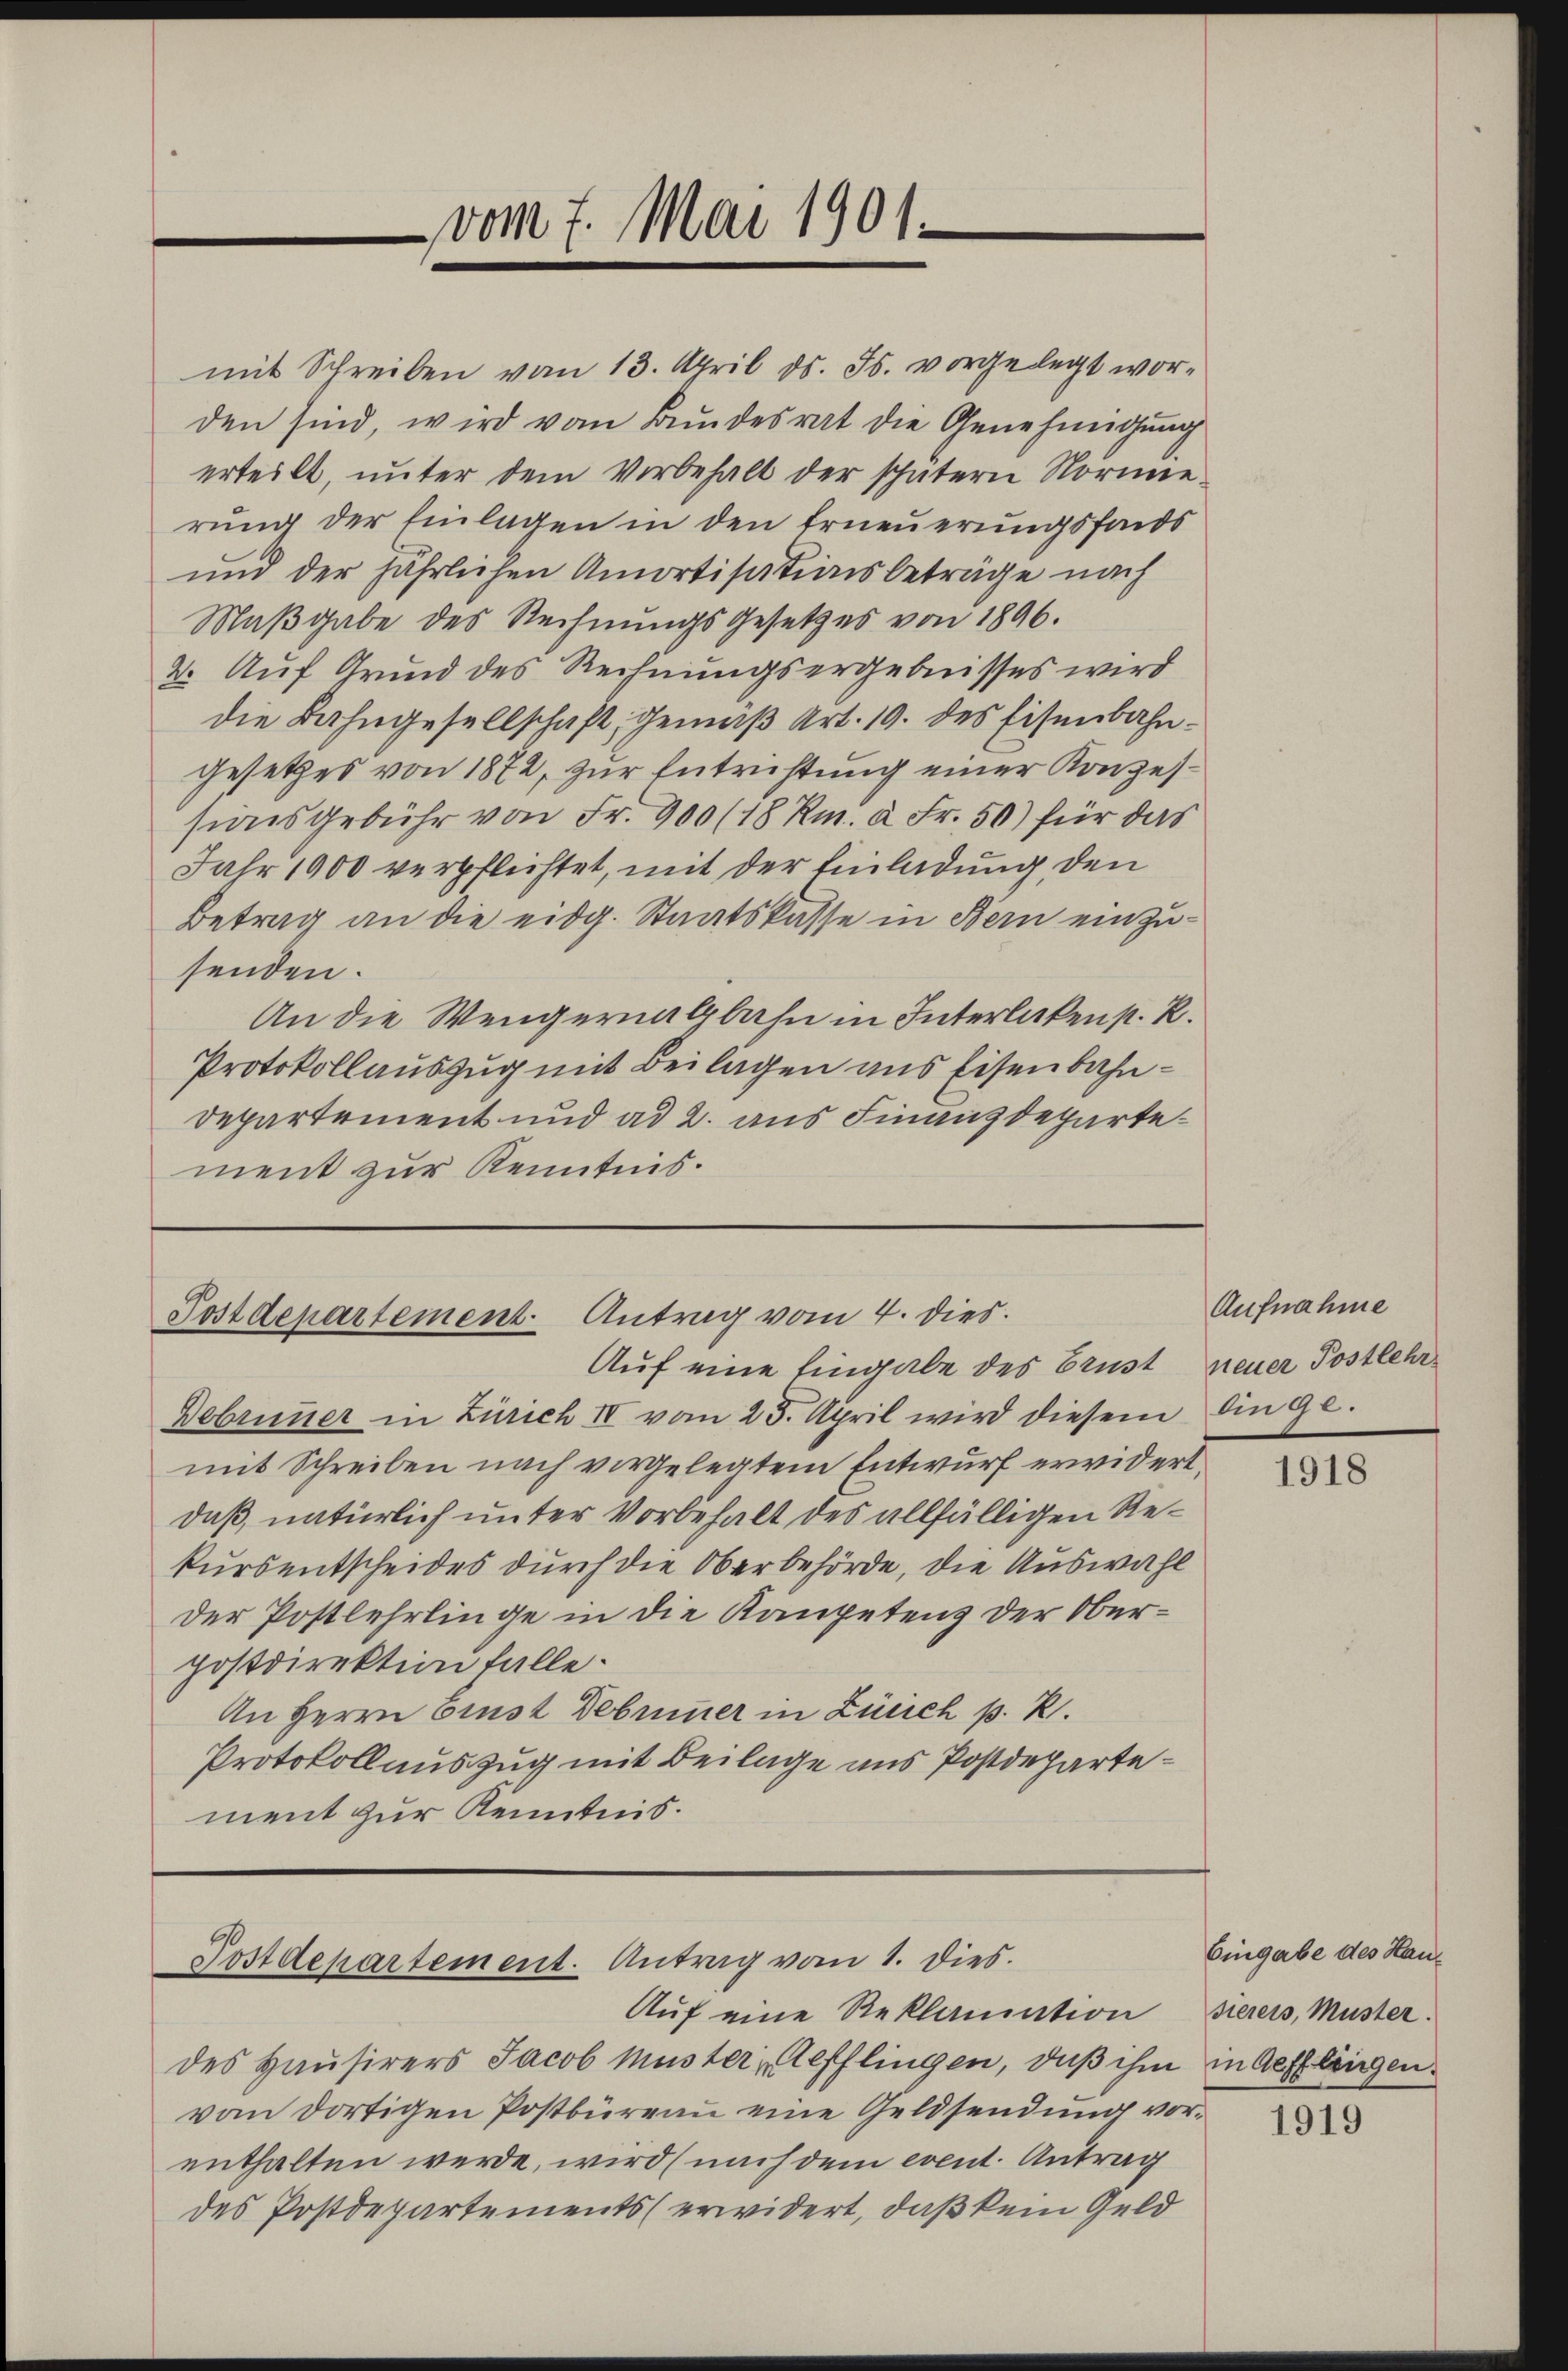
mit Schreiben vom 13. April d. Js. vorgelegt worden sind, wird vom Bundesrat die Genehmigung
erteilt, unter dem Vorbehalt der spätern Normierung der Einlagen in den Erneuerungsfonds
und der jährlichen Amortisationsbeträge nach
Maβgabe des Rechnungs Gesetzes von 1896.
2. Auf Grund des Rechnungsergebnisses wird
die Bahngesellschaft, gemäß Art. 19. des Eisenbahngesetzes von 1872, zur Entrichtung einer Konzessiis gebühr von Fr. 900 (18 Rm. à Fr. 50) für das
Jahr 1900 verpflichtet, mit der Einladung, den
Betrag an die eidg. Staatskasse in Bern einzusenden.
An die Wengernalbahn in Interlaken p. R.
Protokollauszug mit Beilagen aus Eisenbahndepartement und ad 2. aus Finanzdepartement zur Kenntnis.

vom 7. Mai 1901.

Postdepartement. Antrag vom 4. dies
Auf eine Eingabe des Brust

Debrunner in Zürich IV vom 25. April wird diesem Angemit Schreiben nach vorgelegtem Entwurf erwidert,
daß, natürlich unter Vorbehalt des allfälligen Rekursentscheides durch die Oberbehörde, die Auswahl
der Postlehrlinge in die Kaupetenz der Oberpostdirektion falle.
An Herrn Prust Debummer in Zürich p. R.
Protokoll auszug mit Beilage aus Postdepartement zur Kenntnis.

Postdepartement. Antrag vom 1. Dies

Auf eine Reklamation
des Hausirers Jacob Müster Refflingen, daß ihm in Aefflingen.
vom dortigen Postbüreau eine Geldsendung vorenthalten werde, wird (nach dem event. Antrag
des Postdepartements (erwidert, daß kein Geld

Aufnahme
neuer Postlehr

1918

Eingabe des Hausierers, Muster.

1919